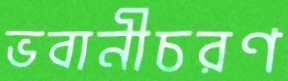
ভবানীচরণ